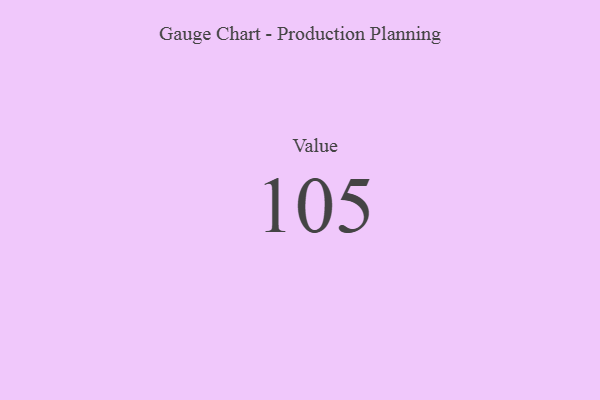
{"axis": {"x": "Metric", "y": "Value"}, "legend": [""], "data": [{"x": "Value", "y": 105, "type": ""}]}